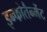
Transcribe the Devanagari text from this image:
इन्फोतैन्मेंट